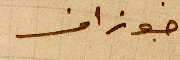
جوزاف